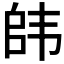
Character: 𮸯